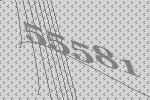
55581